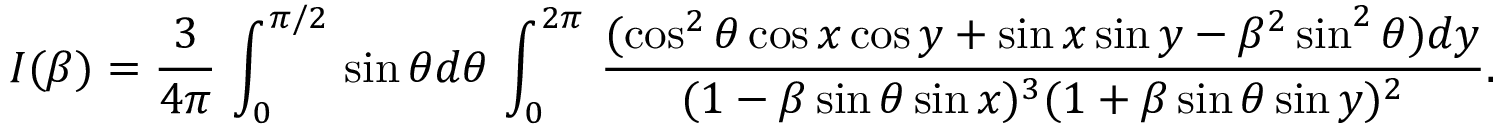
I ( \beta ) = \frac { 3 } { 4 \pi } \, \int _ { 0 } ^ { \pi / 2 } \, \sin \theta d \theta \, \int _ { 0 } ^ { 2 \pi } \, \frac { ( \cos ^ { 2 } \theta \cos x \cos y + \sin x \sin y - \beta ^ { 2 } \sin ^ { 2 } \theta ) d y } { ( 1 - \beta \sin \theta \sin x ) ^ { 3 } ( 1 + \beta \sin \theta \sin y ) ^ { 2 } } .